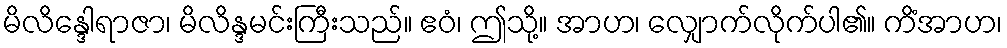
မိလိန္ဒေါရာဇာ၊ မိလိန္ဒမင်းကြီးသည်။ ဧဝံ၊ ဤသို့။ အာဟ၊ လျှောက်လိုက်ပါ၏။ ကိံအာဟ၊